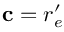
{ \mathbf c = \boldsymbol r _ { e } ^ { \prime } }